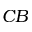
C B